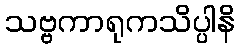
သဗ္ဗကာရုကသိပ္ပါနိ